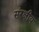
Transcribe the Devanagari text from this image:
संरक्षीय